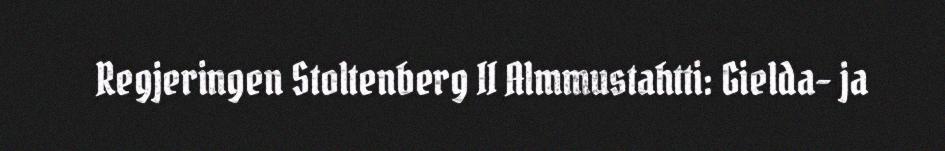
Regjeringen Stoltenberg II Almmustahtti: Gielda- ja